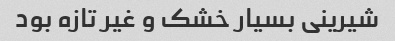
شیرینی بسیار خشک ‌و غیر تازه بود